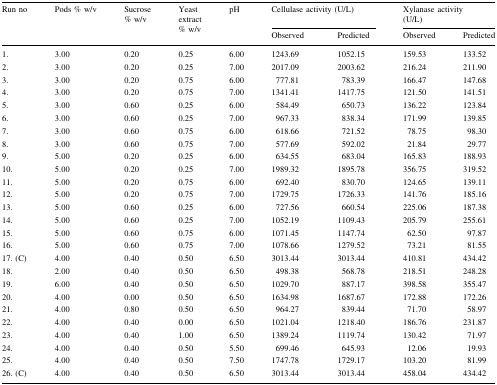
<table><thead><tr><td rowspan="2"><b>Run no</b></td><td rowspan="2"><b>Pods % w/v</b></td><td rowspan="2"><b>Sucrose % w/v</b></td><td rowspan="2"><b>Yeast extract % w/v</b></td><td rowspan="2"><b>pH</b></td><td colspan="2"><b>Cellulase activity (U/L)</b></td><td colspan="2"><b>Xylanase activity(U/L)</b></td></tr><tr><td><b>Observed</b></td><td><b>Predicted</b></td><td><b>Observed</b></td><td><b>Predicted</b></td></tr></thead><tbody><tr><td>1.</td><td>3.00</td><td>0.20</td><td>0.25</td><td>6.00</td><td>1243.69</td><td>1052.15</td><td>159.53</td><td>133.52</td></tr><tr><td>2.</td><td>3.00</td><td>0.20</td><td>0.25</td><td>7.00</td><td>2017.09</td><td>2003.62</td><td>216.24</td><td>211.90</td></tr><tr><td>3.</td><td>3.00</td><td>0.20</td><td>0.75</td><td>6.00</td><td>777.81</td><td>783.39</td><td>166.47</td><td>147.68</td></tr><tr><td>4.</td><td>3.00</td><td>0.20</td><td>0.75</td><td>7.00</td><td>1341.41</td><td>1417.75</td><td>121.50</td><td>141.51</td></tr><tr><td>5.</td><td>3.00</td><td>0.60</td><td>0.25</td><td>6.00</td><td>584.49</td><td>650.73</td><td>136.22</td><td>123.84</td></tr><tr><td>6.</td><td>3.00</td><td>0.60</td><td>0.25</td><td>7.00</td><td>967.33</td><td>838.34</td><td>171.99</td><td>139.85</td></tr><tr><td>7.</td><td>3.00</td><td>0.60</td><td>0.75</td><td>6.00</td><td>618.66</td><td>721.52</td><td>78.75</td><td>98.30</td></tr><tr><td>8.</td><td>3.00</td><td>0.60</td><td>0.75</td><td>7.00</td><td>577.69</td><td>592.02</td><td>21.84</td><td>29.77</td></tr><tr><td>9.</td><td>5.00</td><td>0.20</td><td>0.25</td><td>6.00</td><td>634.55</td><td>683.04</td><td>165.83</td><td>188.93</td></tr><tr><td>10.</td><td>5.00</td><td>0.20</td><td>0.25</td><td>7.00</td><td>1989.32</td><td>1895.78</td><td>356.75</td><td>319.52</td></tr><tr><td>11.</td><td>5.00</td><td>0.20</td><td>0.75</td><td>6.00</td><td>692.40</td><td>830.70</td><td>124.65</td><td>139.11</td></tr><tr><td>12.</td><td>5.00</td><td>0.20</td><td>0.75</td><td>7.00</td><td>1729.75</td><td>1726.33</td><td>141.76</td><td>185.16</td></tr><tr><td>13.</td><td>5.00</td><td>0.60</td><td>0.25</td><td>6.00</td><td>727.56</td><td>660.54</td><td>225.06</td><td>187.38</td></tr><tr><td>14.</td><td>5.00</td><td>0.60</td><td>0.25</td><td>7.00</td><td>1052.19</td><td>1109.43</td><td>205.79</td><td>255.61</td></tr><tr><td>15.</td><td>5.00</td><td>0.60</td><td>0.75</td><td>6.00</td><td>1071.45</td><td>1147.74</td><td>62.50</td><td>97.87</td></tr><tr><td>16.</td><td>5.00</td><td>0.60</td><td>0.75</td><td>7.00</td><td>1078.66</td><td>1279.52</td><td>73.21</td><td>81.55</td></tr><tr><td>17. (C)</td><td>4.00</td><td>0.40</td><td>0.50</td><td>6.50</td><td>3013.44</td><td>3013.44</td><td>410.81</td><td>434.42</td></tr><tr><td>18.</td><td>2.00</td><td>0.40</td><td>0.50</td><td>6.50</td><td>498.38</td><td>568.78</td><td>218.51</td><td>248.28</td></tr><tr><td>19.</td><td>6.00</td><td>0.40</td><td>0.50</td><td>6.50</td><td>1029.70</td><td>887.17</td><td>398.58</td><td>355.47</td></tr><tr><td>20.</td><td>4.00</td><td>0.00</td><td>0.50</td><td>6.50</td><td>1634.98</td><td>1687.67</td><td>172.88</td><td>172.26</td></tr><tr><td>21.</td><td>4.00</td><td>0.80</td><td>0.50</td><td>6.50</td><td>964.27</td><td>839.44</td><td>71.70</td><td>58.97</td></tr><tr><td>22.</td><td>4.00</td><td>0.40</td><td>0.00</td><td>6.50</td><td>1021.04</td><td>1218.40</td><td>186.76</td><td>231.87</td></tr><tr><td>23.</td><td>4.00</td><td>0.40</td><td>1.00</td><td>6.50</td><td>1389.24</td><td>1119.74</td><td>130.42</td><td>71.97</td></tr><tr><td>24.</td><td>4.00</td><td>0.40</td><td>0.50</td><td>5.50</td><td>699.46</td><td>645.93</td><td>12.06</td><td>19.93</td></tr><tr><td>25.</td><td>4.00</td><td>0.40</td><td>0.50</td><td>7.50</td><td>1747.78</td><td>1729.17</td><td>103.20</td><td>81.99</td></tr><tr><td>26. (C)</td><td>4.00</td><td>0.40</td><td>0.50</td><td>6.50</td><td>3013.44</td><td>3013.44</td><td>458.04</td><td>434.42</td></tr></tbody></table>